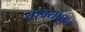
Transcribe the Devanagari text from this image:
चश्म्यातून